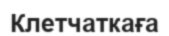
Клетчаткаға